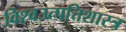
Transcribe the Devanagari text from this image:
विश्वउत्पत्तिशास्त्र